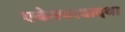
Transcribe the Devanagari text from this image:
एकेश्वरवादथा